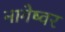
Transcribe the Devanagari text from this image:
नागेष्वर